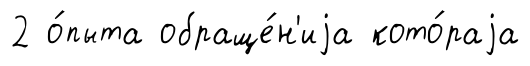
2 о́пыта обраще́н'иjа кото́раjа